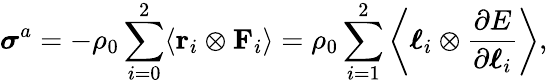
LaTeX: \boldsymbol{\sigma}^{a}=-\rho_{0}\sum_{i=0}^{2}\langle\mathbf{r}_{i}\otimes\mathbf{F}_{i}\rangle=\rho_{0}\sum_{i=1}^{2}\left\langle\boldsymbol{\ell}_{i}\otimes\frac{\partial E}{\partial\boldsymbol{\ell}_{i}}\right\rangle,